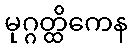
မုဂ္ဂတ္ထိကေန